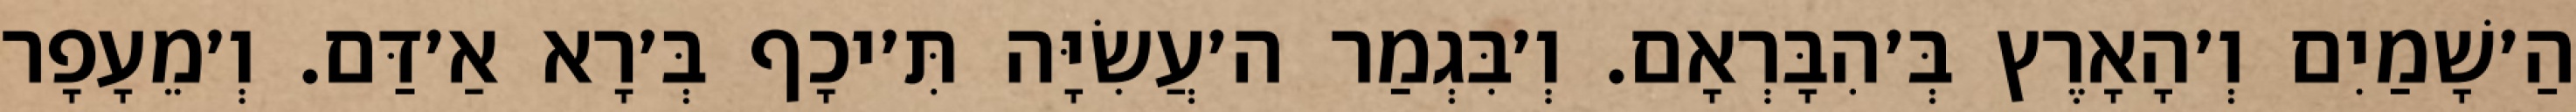
הַ׳שָׁמַיִם וְ׳הָאָרֶץ בְּ׳הִבָּרְאָם. וְ׳בִּגְמַר ה׳עֲשִׂיָּה תִּ׳יכָף בְּ׳רָא אַ׳דַּם. וְ׳מֵעָפָר